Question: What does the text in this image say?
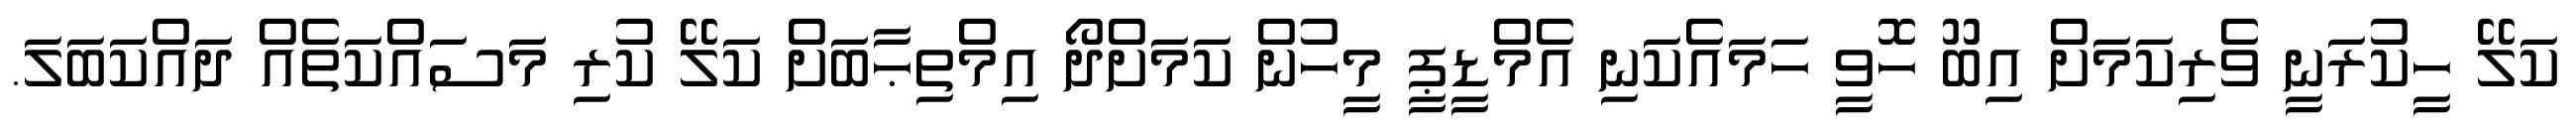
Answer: ކަލޭ ހީކުރަނީ ވެރިކަމަށް އިބޫ ހޮވީ ހަމައެކަނި އެމްޑީޕީ މީހުން ކަމަށްދޯ އިމްތިޙާބަށް ކަލޭ ކުރި މަސައްކަތެއް ދައްކަބަލަ.